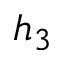
h _ { 3 }